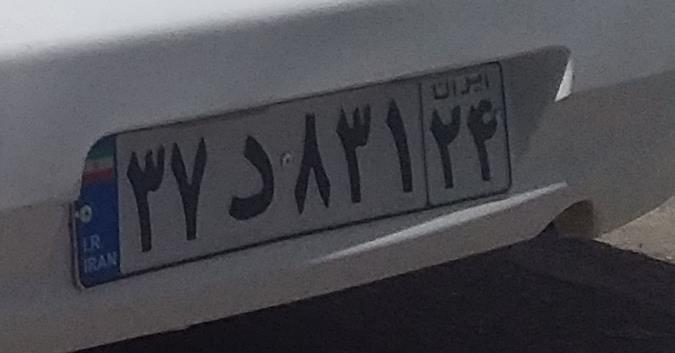
۳۷د۸۳۱۲۴